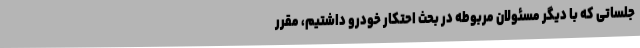
جلساتی که با دیگر مسئولان مربوطه در بحث احتکار خودرو داشتیم، مقرر